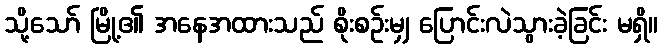
သို့သော် မြို့၏ အနေအထားသည် စိုးစဉ်းမျှ ပြောင်းလဲသွားခဲ့ခြင်း မရှိ။